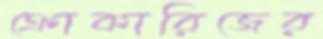
ক্রোকারিজের